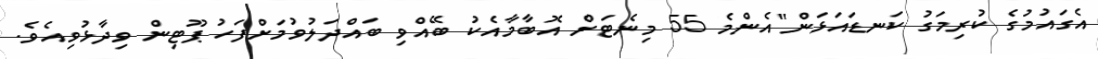
އެގައުމުގެ ކުރިމަގު ކަނޑައަޅަން"އެންމެ 55 މިނެޓަށް އޮބާމާއެކު ބޭއްވި ބައްދަލުވުމަށްފަހު ޕޫޓިން ވިދާޅުވިއެވެ.